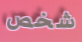
شخص